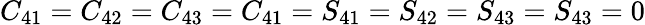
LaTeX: C_{41}=C_{42}=C_{43}=C_{41}=S_{41}=S_{42}=S_{43}=S_{43}=0